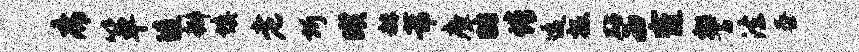
席箪陵瓣填老圻暌赫芾瘴眙情逶扳砧西窿警法泰